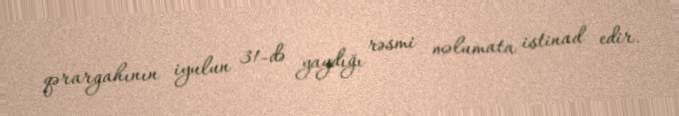
qərargahının iyulun 31-də yaydığı rəsmi məlumata istinad edir.